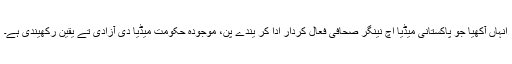
انہاں آکھیا جو پاکستانی میڈیا اچ نینگر صحافی فعال کردار ادا کر یندے پن، موجودہ حکومت میڈیا دی آزادی تے یقین رکھیندی ہے۔